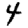
Digit: 4